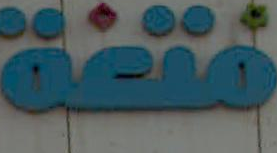
متغة